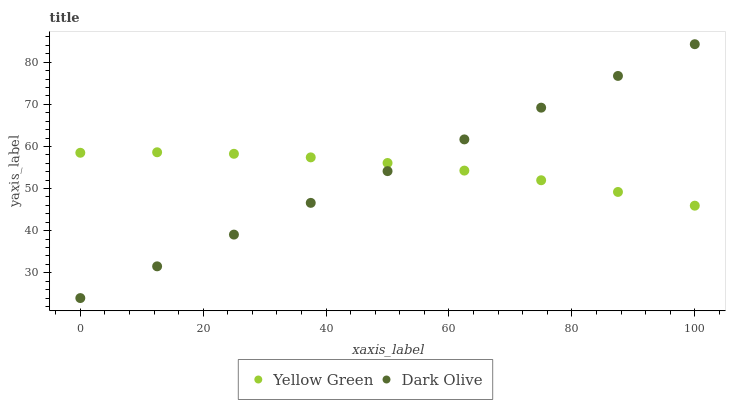
| xaxis_label | Yellow Green | Dark Olive |
 | --- | --- | --- |
 | 0 | 58.5 | 24 |
 | 12.5 | 58.6 | 31.5 |
 | 25 | 58.3 | 39.1 |
 | 37.5 | 57.4 | 46.6 |
 | 50 | 56.1 | 54.1 |
 | 62.5 | 54.3 | 61.7 |
 | 75 | 52 | 69.2 |
 | 87.5 | 49.2 | 76.7 |
 | 100 | 45.9 | 84.3 |